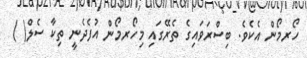
ހޯރމޯން އެކެވެ. ބިސްރަވައިގެ ތެރޭގައި މިހޯރމޯން އުފެދެނީ ތިކާ ސެލް( )